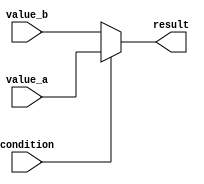
module ConditionalAssignment (
    input wire condition,    // Input condition
    input wire value_a,     // Value to assign if condition is true
    input wire value_b,     // Value to assign if condition is false
    output wire result       // Output result based on condition
);

// Continuous assignment using the ternary operator
assign result = condition ? value_a : value_b;

endmodule